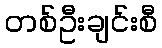
တစ်ဦးချင်းစီ